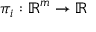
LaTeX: \pi _ { i } : \mathbb { R } ^ { m } \to \mathbb { R }